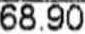
68.90